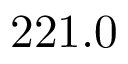
2 2 1 . 0